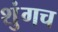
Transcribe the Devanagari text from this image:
शुंगच